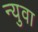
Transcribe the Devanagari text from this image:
न्युवा